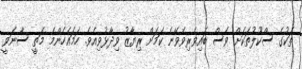
ތަކުގެ ސްކޫލުތަކަށް ވެސް ބައިވެރިވެވޭނެ ކަމަށް ރިޔާޒު ވިދާޅުވިއެވެ. ހަމައެހެންމެ މަތީ ސާނަވީ